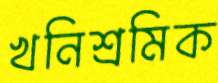
খনিশ্রমিক